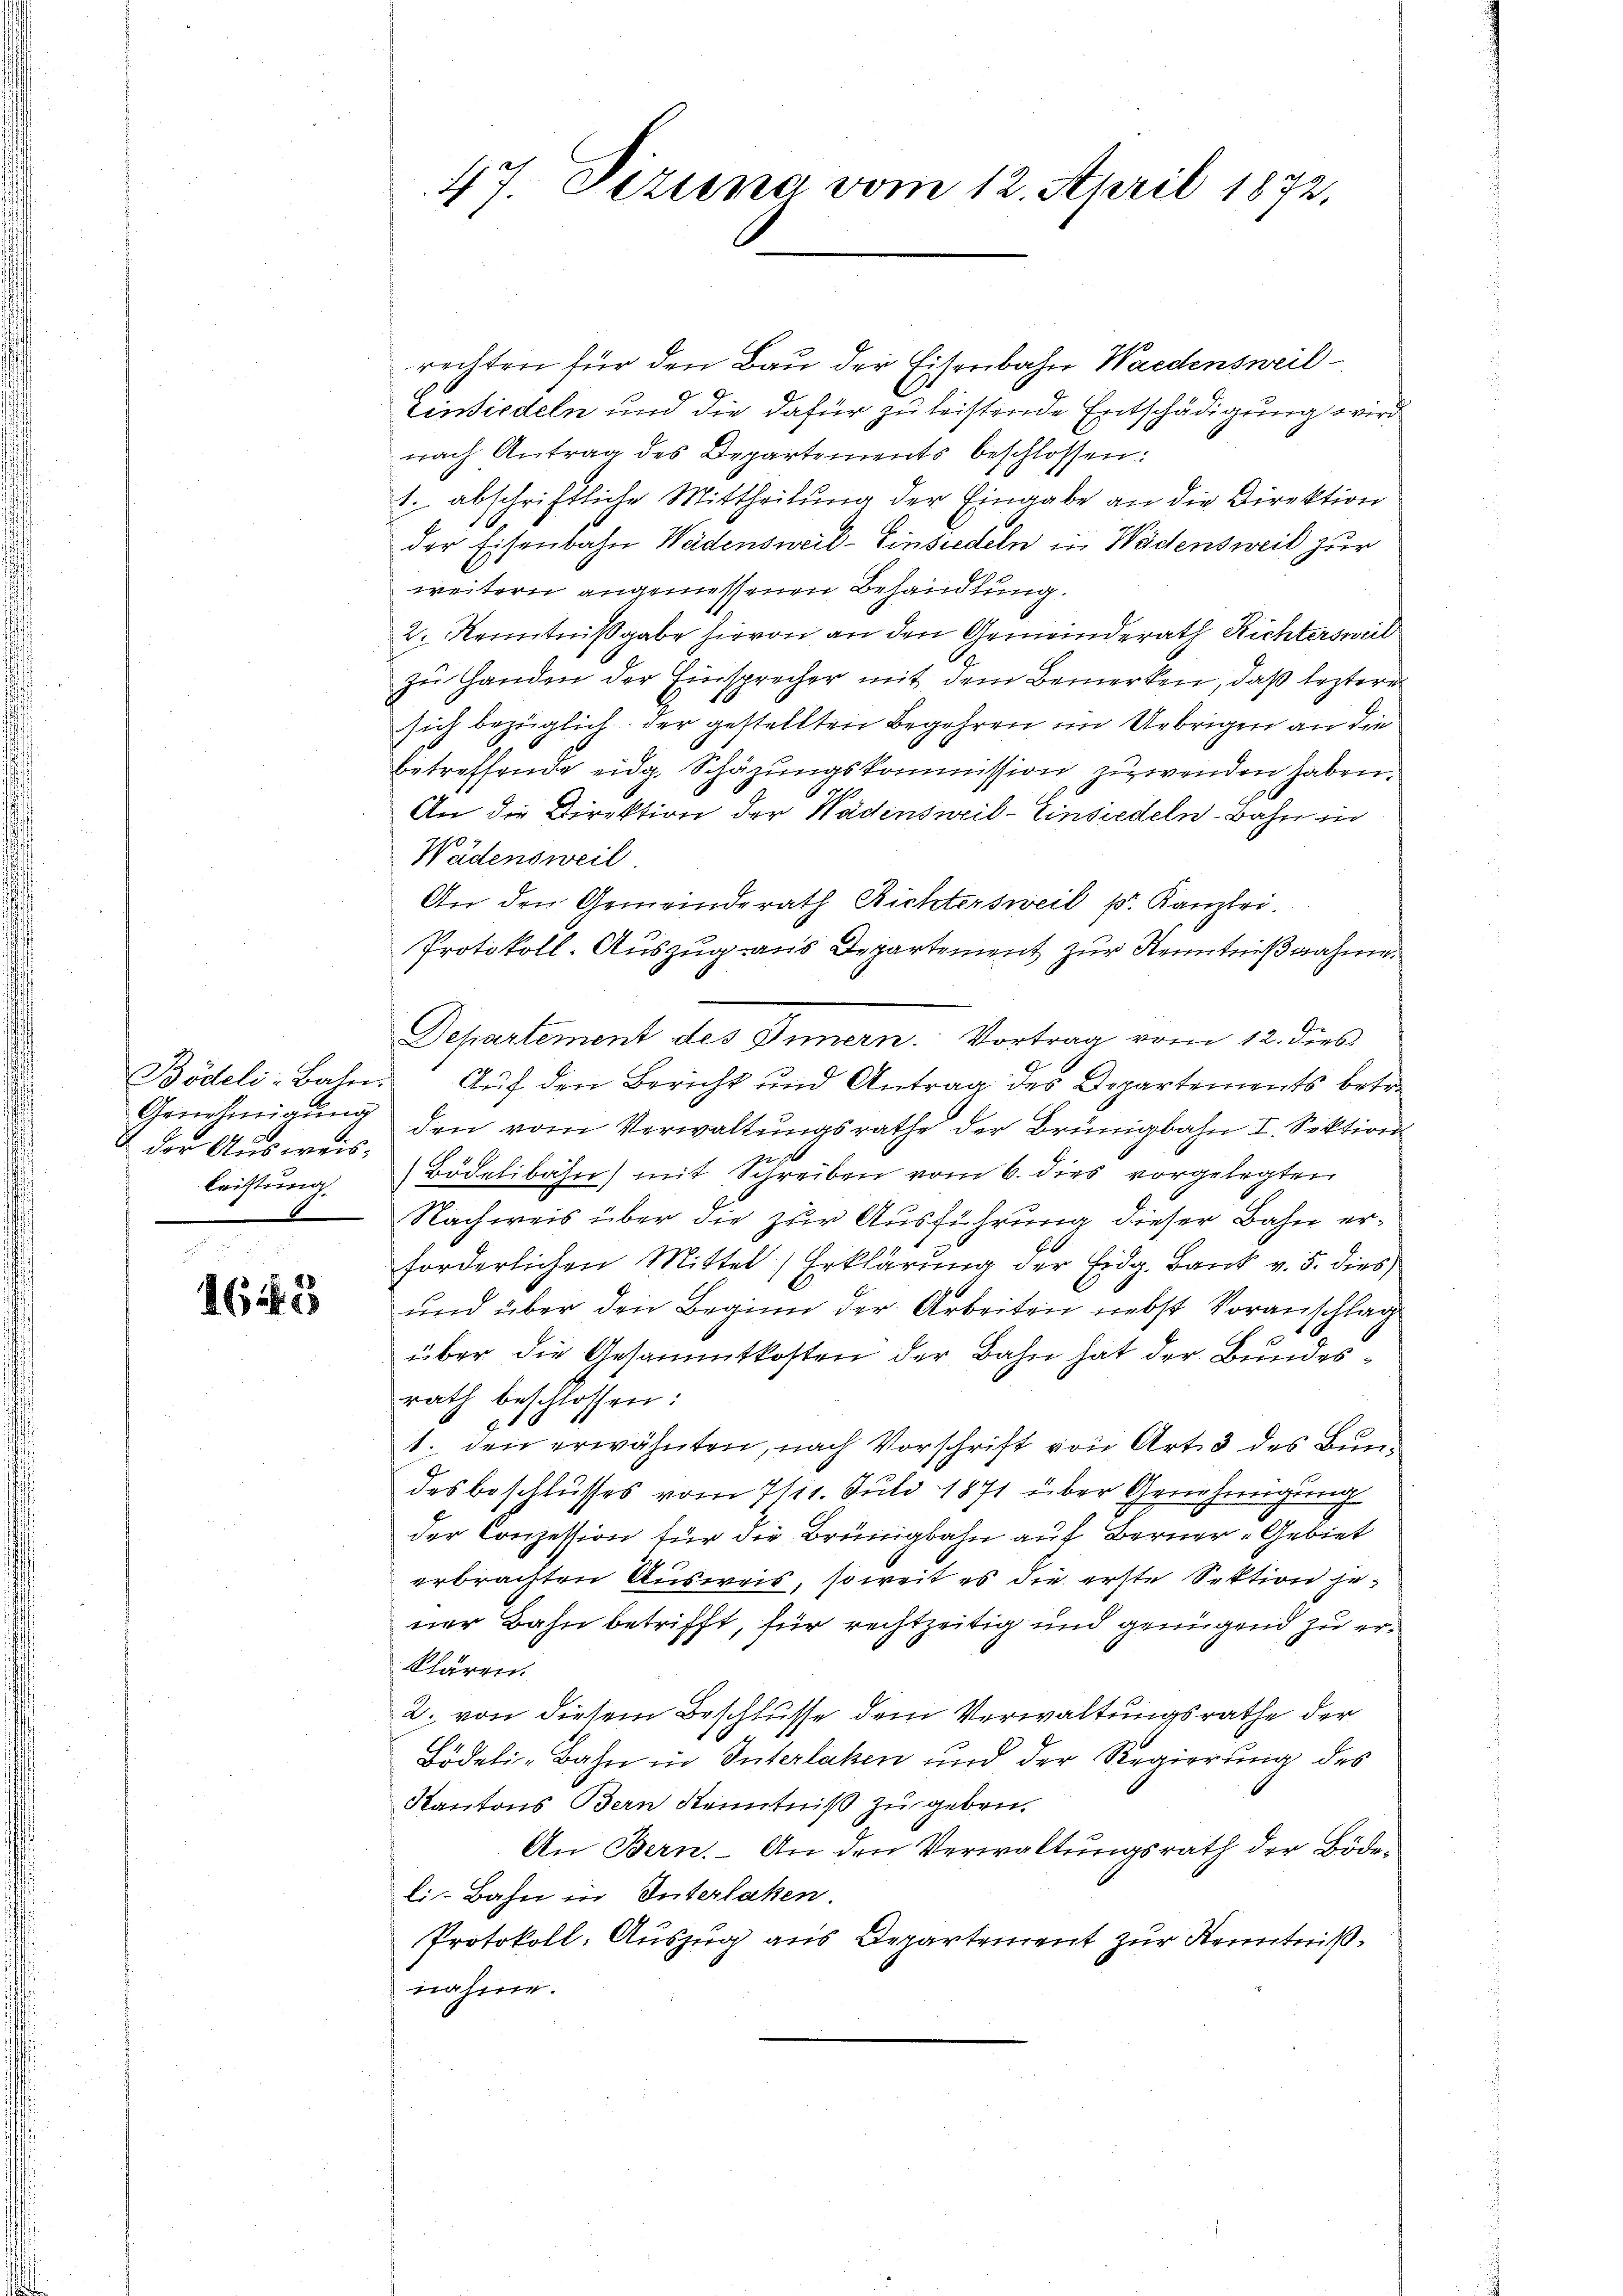
der Ausweis;
leistung

4643

rechten für den Bau der Eisenbahn Waldensweil
Einsiedeln und die dafür zu leistende Entschädigung wird
nach Antrag des Departements beschlossen:
1. abschriftliche Mittheilung der Eingabe an die Direktion
der Eisenbahn Wädensweil–Einsiedeln in Wädensweil zur
weitern angemessenen Behandlung.
2. Kenntnißgabe hievon an den Gemeinderath Richtersweil
zu Handen der Einsprecher mit dem Bemerken, daß leztere
sich bezüglich. Der gestellten Begehren im Uebrigen an die
betreffende eidg. Schäzŭngskommission zuwenden haben.
An die Direktion der Wädensweil–Einsiedeln. Bahn in
Wädensweil
An den Gemeinderath Richtersweil pr. Kanzlei.
Protokoll-Auszug aus Departement zur Kenntnißnahme
Bödeli-Bahn. Aŭf den Bericht und Antrag des Departements betr.
Genehmigŭng den vom Verwaltŭngsrathe der Brünigbahn I. Sektion
Bödelibahn mit Schreiben vom 6. dies vorgelegten
Nachweis über die zur Ausführung dieser Bahn er¬
6
forderlichen Mittel, Erklärung der Eidg. Bank v. 5. dies
und über den Beginn der Arbeiten nebst Voranschlag
über die Gesammtkosten der Bahn hat der Bundesrath beschlossen:
2
1. den erwähnten, nach Vorschrift von Art. 3 des Bundes beschlusses vom 7/11. Juli 1871 über Genehmigung
der Conzession für die Brünigbahn auf Berner Gebiet
erbrachten Ausweis, soweit es die erste Sektion jener Bahn betrifft, für rechtzeitig und genügend zu erklären.
2. von diesem Beschlusse dem Verwaltungsrathe der
Bideli-Bahn in Interlaken und der Regierung des
Kantons Bern Kenntniß zu geben.
An Bern. An den Verwaltungsrath der Bödeli-Bahn in Interlaken.
Protokoll: Auszug aus Departement zur Kenntnißnahme.

47. Dezuna vom 12. April 1872,

Departement des Innern. Vortrag vom 12. dies